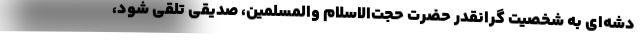
دشه‌ای به شخصیت گرانقدر حضرت حجت‌الاسلام والمسلمین، صدیقی تلقی شود،